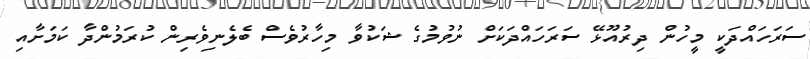
ސަރަހައްދަކީ މީހުން ދިރުއޫޅޭ ސަރަހައްދަކަށް ނުވުމުގެ ޝަކުވާ މިހާރުވެސް ބެލެނިވެރިން ކުރަމުންދާ ކަމަށާއި